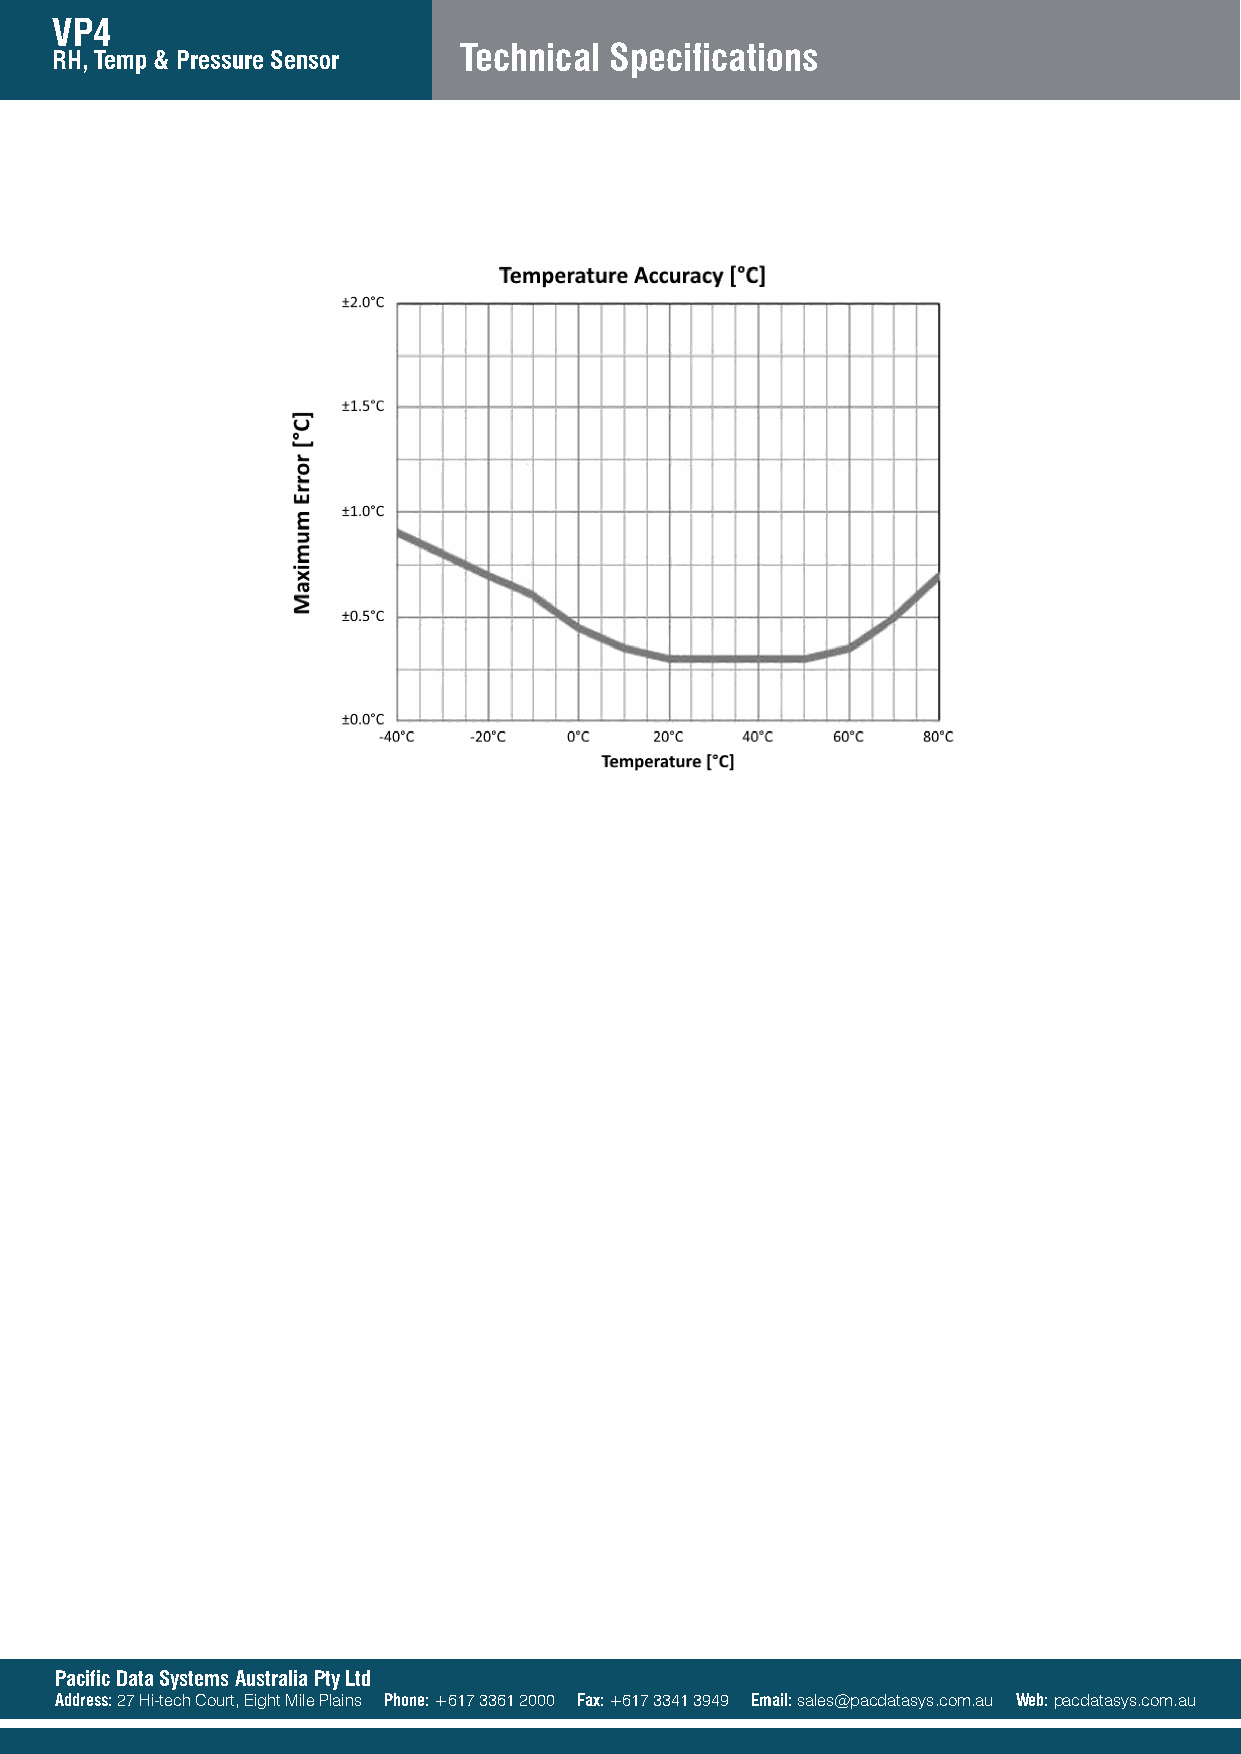
VP4
 Technical Specifications
 RH, Temp & Pressure Sensor
 Pacific Data Systems Australia Pty Ltd
 Address: 27 Hi-tech Court, Eight Mile Plains Phone: +617 3361 2000 Fax: +617 3341 3949 Email: sales@pacdatasys.com.au Web: pacdatasys.com.au